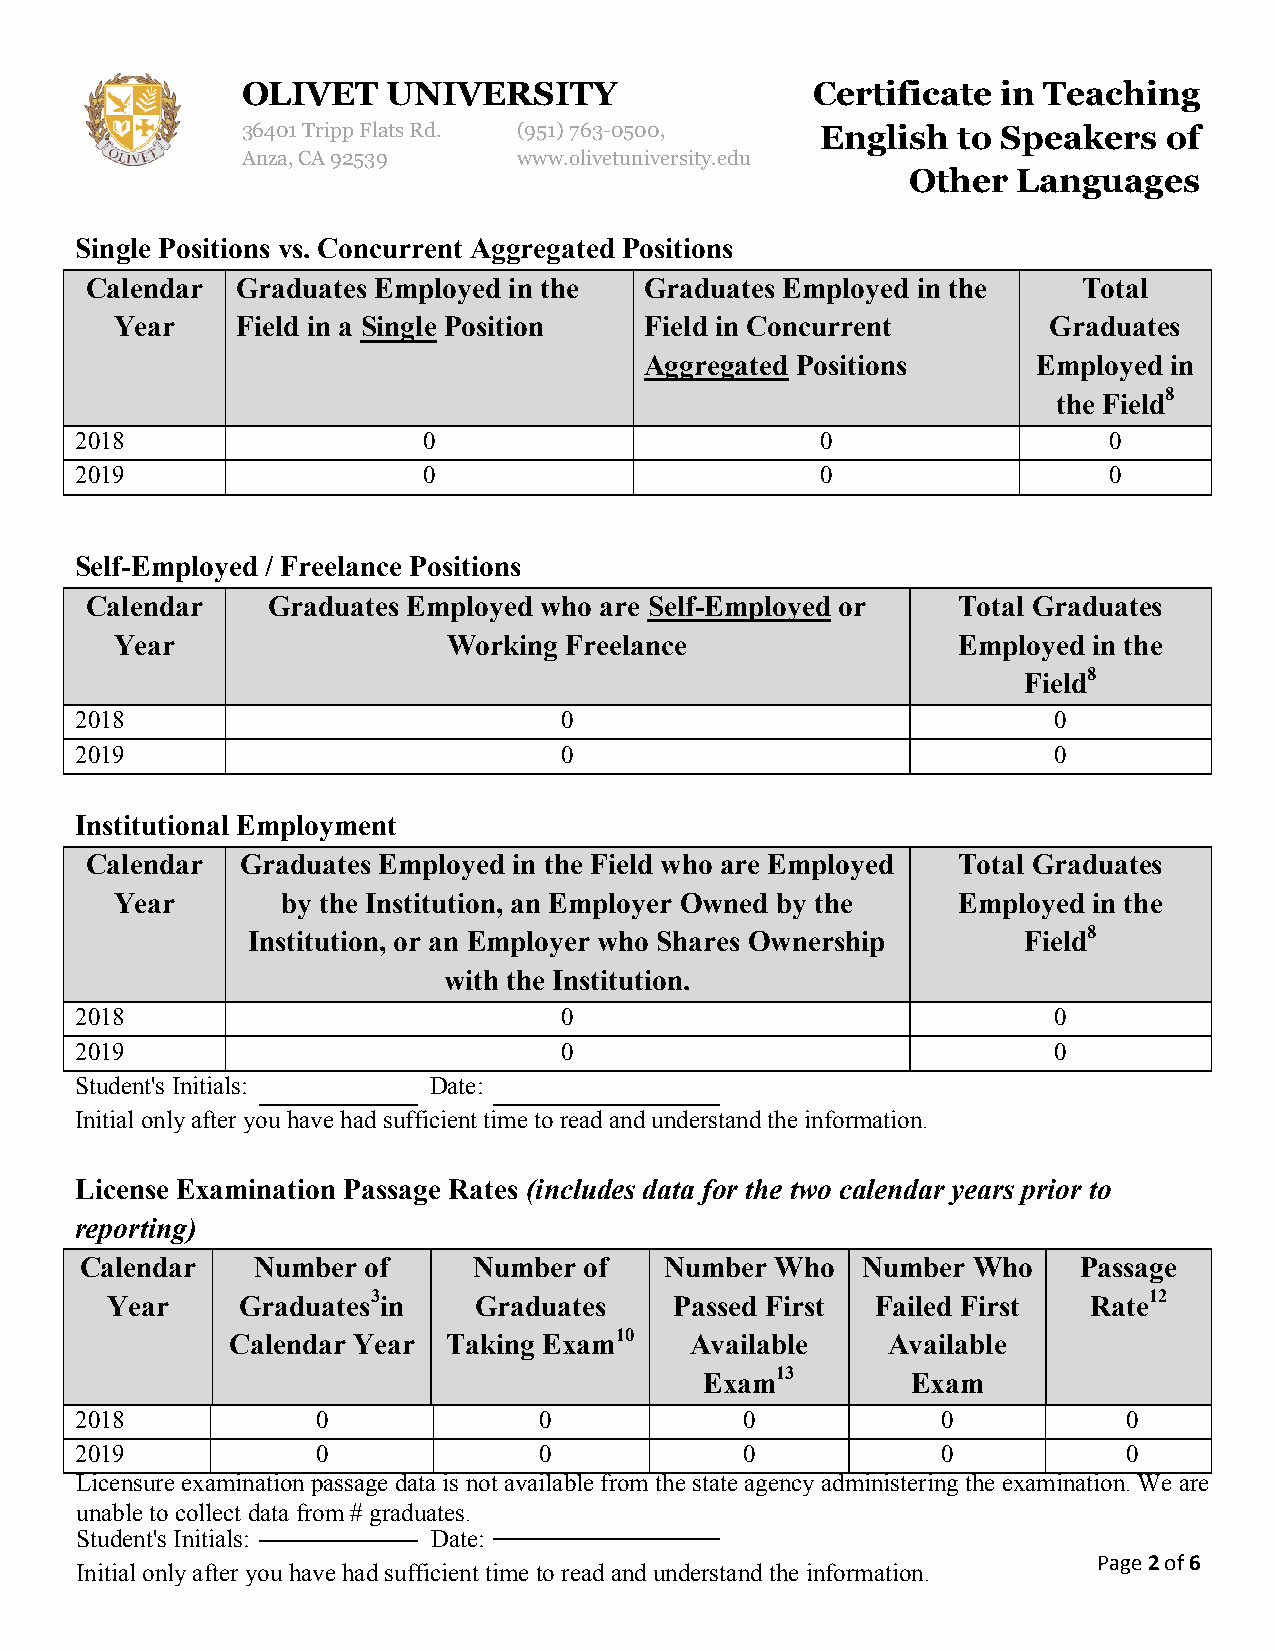
OLIVET    UNIVERSITY                  Certificate in Teaching
 36401 Tripp Flats Rd. (951)763-0500,  English  to Speakers   of
 Anza, CA 92539    www.olivetuniversity.edu
 Other  Languages
 Single Positions vs. Concurrent Aggregated Positions
 Calendar  Graduates Employed in the  Graduates Employed in the    Total
 Year    Field in a Single Position Field in Concurrent       Graduates
 Aggregated Positions      Employed in
 the Field8
 2018                   0                         0                  0
 2019                   0                         0                  0
 Self-Employed / Freelance Positions
 Calendar    Graduates Employed who are Self-Employed or  Total Graduates
 Year                  Working Freelance                Employed in the
 Field8
 2018                            0                                0
 2019                            0                                0
 Institutional Employment
 Calendar  Graduates Employed in the Field who are Employed Total Graduates
 Year       by the Institution, an Employer Owned by the Employed in the
 Institution, or an Employer who Shares Ownership    Field8
 with the Institution.
 2018                            0                                0
 2019                            0                                0
 Student's Initials:    Date:
 Initial only after you have had sufficient time to read and understand the information.
 License Examination Passage Rates (includes data for the two calendar years prior to
 reporting)
 Calendar    Number of     Number  of   Number Who   Number Who     Passage
 Year     Graduates3in   Graduates     Passed First Failed First  Rate12
 Calendar Year  Taking Exam10   Available    Available
 Exam13       Exam
 2018            0              0            0            0            0
 2019            0              0            0            0            0
 Licensure examination passage data is not available from the state agency administering the examination. We are
 unable to collect data from # graduates.
 Student's Initials:     Date:
 Page 2 of 6
 Initial only after you have had sufficient time to read and understand the information.